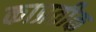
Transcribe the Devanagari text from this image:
काप्रतीक